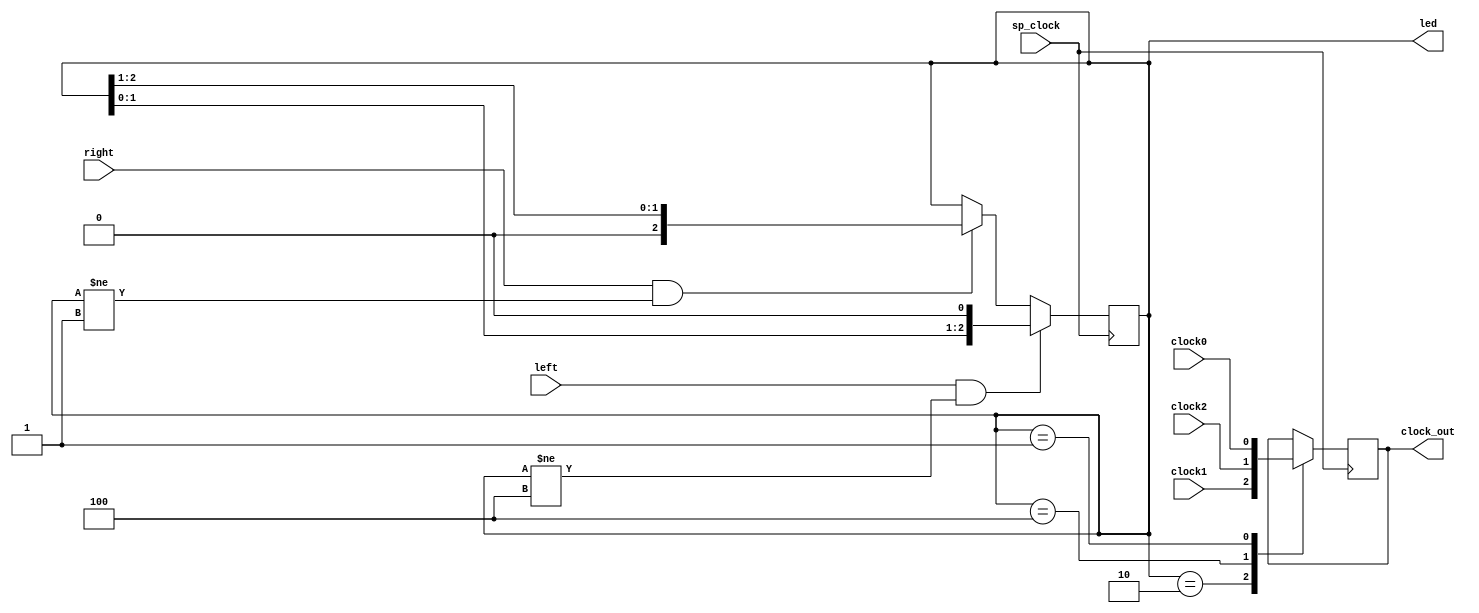
`timescale 1ns / 1ps

module difficulty_selector(
    input sp_clock,
    input left,
    input right,
    input clock0,
    input clock1,
    input clock2,
    output reg [2:0] led = 3'b010,
    output reg clock_out
    );
    always @ (posedge sp_clock)
    begin
        case (led)
            3'b010: clock_out = clock1;
            3'b100: clock_out = clock2;
            3'b001: clock_out = clock0;
        endcase
    end
    always @ (posedge sp_clock)
    begin
        if(left && led != 3'b100)    
            begin        
            led <= led << 1; 
            end          
        else if (right && led != 3'b001)       
            begin     
            led <= led >> 1;
            end
    end
    
    
endmodule